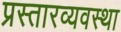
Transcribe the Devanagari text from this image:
प्रस्तारव्यवस्था